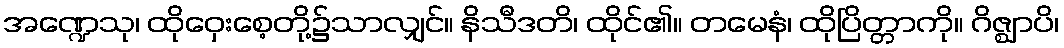
အဏ္ဍေသု၊ ထိုဝှေးစေ့တို့၌သာလျှင်။ နိသီဒတိ၊ ထိုင်၏။ တမေနံ၊ ထိုပြိတ္တာကို။ ဂိဇ္ဈာပိ၊